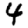
Digit: 4